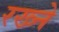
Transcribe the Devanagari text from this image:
रख्ने